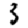
Digit: 3